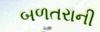
બળતરાની